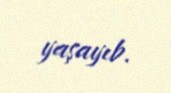
yaşayıb.